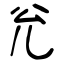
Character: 兊